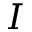
I